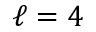
\ell = 4